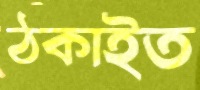
ঠকাইত